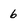
Character: 6